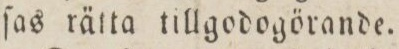
ſas rätta tillgodogörande.